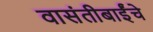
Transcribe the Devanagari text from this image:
वासंतीबाईंचे